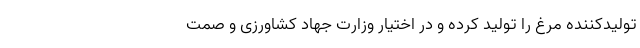
تولیدکننده مرغ را تولید کرده و در اختیار وزارت جهاد کشاورزی و صمت